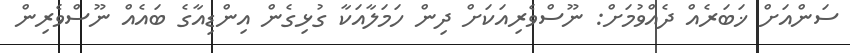
ސަންއަށް ޚަބަރެއް ދެއްވުމަށް: ނޫސްވެރިއަކަށް ދިން ހަމަލާއަކާ ގުޅިގެން އިންޑިއާގެ ބައެއް ނޫސްވެރިން